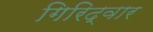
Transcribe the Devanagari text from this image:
गिरिद्वार